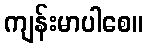
ကျန်းမာပါစေ။